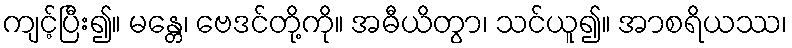
ကျင့်ပြီး၍။ မန္တေ၊ ဗေဒင်တို့ကို။ အဓီယိတွာ၊ သင်ယူ၍။ အာစရိယဿ၊